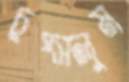
চুপ্‌সলুম